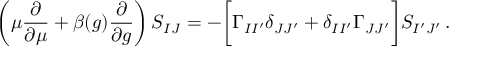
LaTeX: \bigg ( \mu { \frac { \partial } { \partial \mu } } + \beta ( g ) { \frac { \partial } { \partial g } } \bigg ) \, S _ { I J } = - \bigg [ \Gamma _ { I I ^ { \prime } } \delta _ { J J ^ { \prime } } + \delta _ { I I ^ { \prime } } \Gamma _ { J J ^ { \prime } } \bigg ] S _ { I ^ { \prime } J ^ { \prime } } \, .